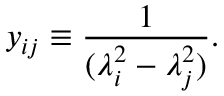
y _ { i j } \equiv \frac { 1 } { ( \lambda _ { i } ^ { 2 } - \lambda _ { j } ^ { 2 } ) } .